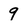
Character: 9